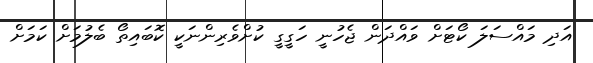
އަދި މައްސަލަ ކޯޓަށް ވައްދަން ޖެހުނީ ހަގީގީ ކުށްވެރިންނަކީ ކޮބައިތޯ ބެލުމަށް ކަމަށް